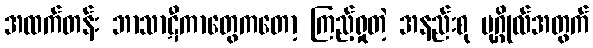
အထက်တန်း ဘာသာဋီကာတွေကတော့ ကြည့်ရှုတဲ့ အနည်းစု ပုဂ္ဂိုလ်အတွက်